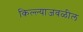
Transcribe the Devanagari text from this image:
किल्ल्याजवळील